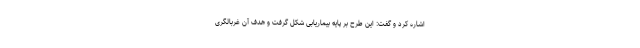
اشاره کرد و گفت: این طرح بر پایه بیماریابی شکل گرفت و هدف آن غربالگری